Civil Veterinary Dept. Bombay admin report 1914-1922 - 1914-1922
Year: 1914
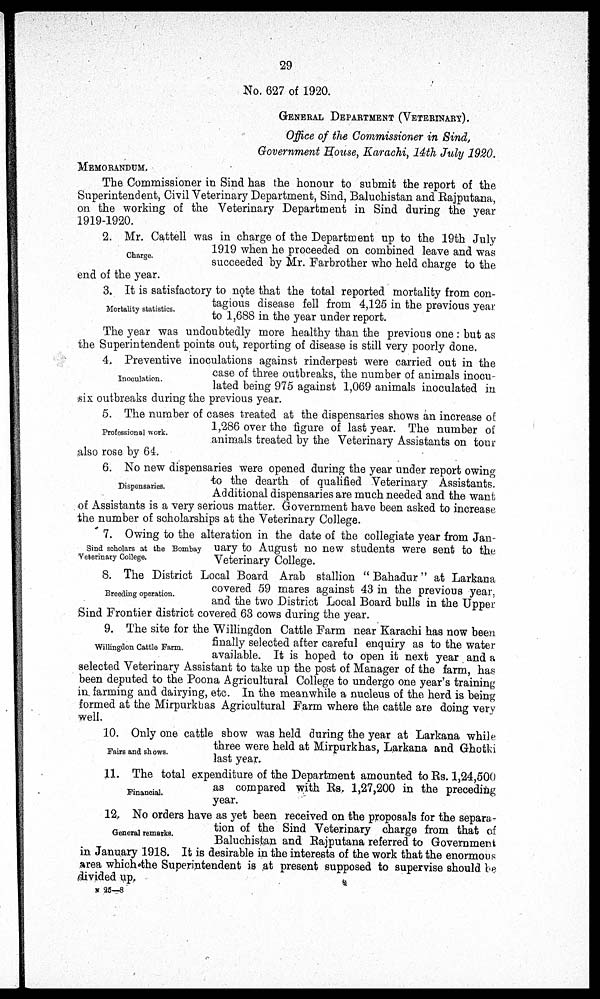
29
No. 627 of 1920.
GENERAL DEPARTMENT (VETERINARY).
Office of the Commissioner in Sind,
Government House, Karachi, 14th July 1920.
MEMORANDUM.
The Commissioner in Sind has the honour to submit the report of the
Superintendent, Civil Veterinary Department, Sind, Baluchistan and Rajputana,
on the working of the Veterinary Department in Sind during the year
1919-1920.
Charge.
2. Mr. Cattell was in charge of the Department up to the 19th July
1919 when he proceeded on combined leave and was
succeeded by Mr. Farbrother who held charge to the
end of the year.
Mortality statistics.
3. It is satisfactory to note that the total reported mortality from con-
tagious disease fell from 4,125 in the previous year
to 1,688 in the year under report.
The year was undoubtedly more healthy than the previous one: but as
the Superintendent points out, reporting of disease is still very poorly done.
Inoculation.
4. Preventive inoculations against rinderpest were carried out in the
case of three outbreaks, the number of animals inocu-
lated being 975 against 1,069 animals inoculated in
six outbreaks during the previous year.
Professional work.
5. The number of cases treated at the dispensaries shows an increase of
1,286 over the figure of last year. The number of
animals treated by the Veterinary Assistants on tour
also rose by 64.
Dispensaries.
6. No new dispensaries were opened during the year under report owing
to the dearth of qualified Veterinary Assistants.
Additional dispensaries are much needed and the want
of Assistants is a very serious matter. Government have been asked to increase
the number of scholarships at the Veterinary College.
Sind scholars at the Bombay
Veterinary College.
7. Owing to the alteration in the date of the collegiate year from Jan-
uary to August no new students were sent to the
Veterinary College.
Breeding operation.
8. The District Local Board Arab stallion "Bahadur" at Larkana
covered 59 mares against 43 in the previous year,
and the two District Local Board bulls in the Upper
Sind Frontier district covered 63 cows during the year.
Willingdon Cattle Farm.
9. The site for the Willingdon Cattle Farm near Karachi has now been
finally selected after careful enquiry as to the water
available. It is hoped to open it next year and a
selected Veterinary Assistant to take up the post of Manager of the farm, has
been deputed to the Poona Agricultural College to undergo one year's training
in farming and dairying, etc. In the meanwhile a nucleus of the herd is being
formed at the Mirpurkhas Agricultural Farm where the cattle are doing very
well.
Fairs and shows.
10. Only one cattle show was held during the year at Larkana while
three were held at Mirpurkhas, Larkana and Ghotki
last year.
Financial.
11. The total expenditure of the Department amounted to Rs. 1,24,500
as compared with Rs. 1,27,200 in the preceding
year.
General remarks.
12. No orders have as yet been received on the proposals for the separa-
tion of the Sind Veterinary charge from that of
Baluchistan and Rajputana referred to Government
in January 1918. It is desirable in the interests of the work that the enormous
area which the Superintendent is at present supposed to supervise should be
divided up.
N 25—8